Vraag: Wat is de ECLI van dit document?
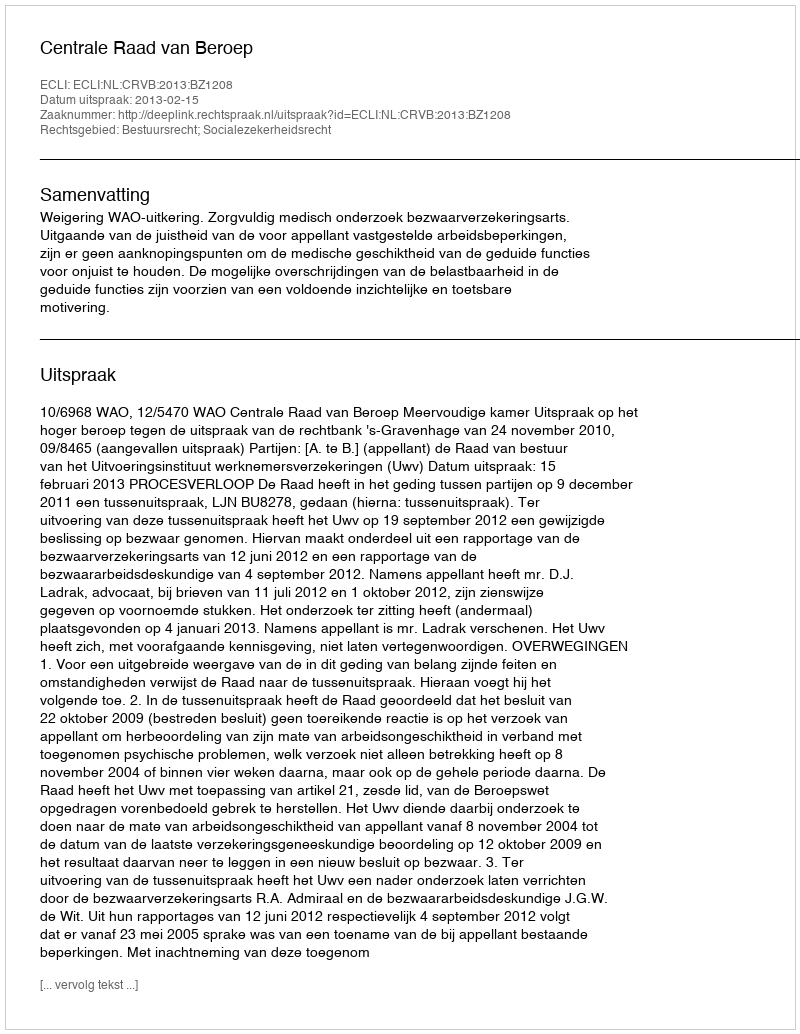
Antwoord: ECLI:NL:CRVB:2013:BZ1208